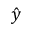
\hat { y }